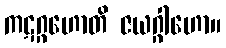
ကဋဂ္ဂဟောတိ ဇယဂ္ဂါဟော။